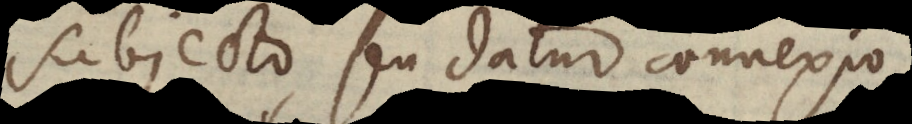
subjecto, seu datur connexio